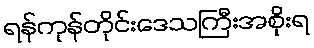
ရန်ကုန်တိုင်းဒေသကြီးအစိုးရ